Annual statistical returns and brief notes on vaccination in Bengal - 1887-1898
Year: 1887
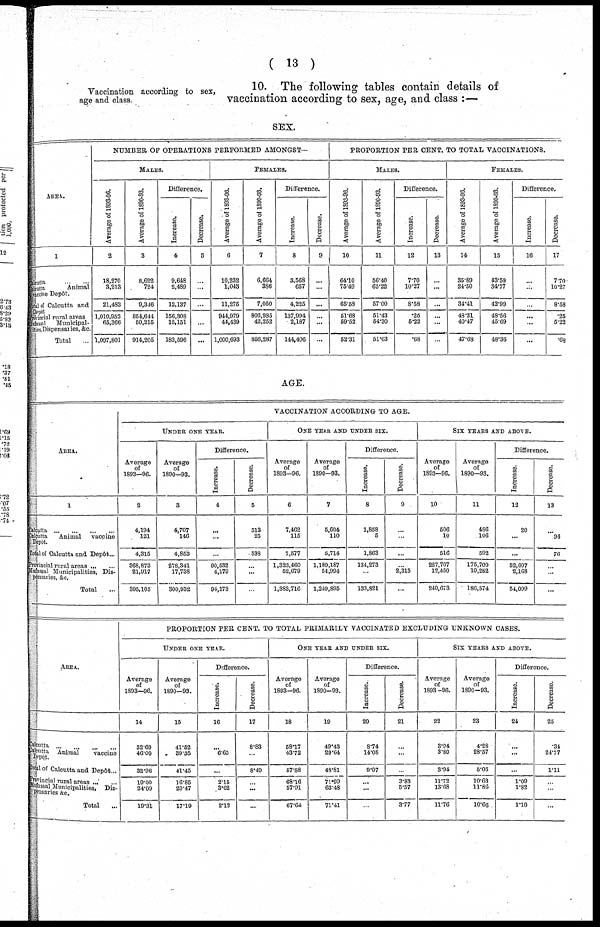
( 13 )
Vaccination according to sex,
age and class.
10. The following tables contain details of
vaccination according to sex, age, and class :—
SEX.
AREA.
1
Calcutta ... ...
Calcutta
Animal
vaccine Depôt.
Total of Calcutta and
Depôt
Provncial rural areas
Mufassal Municipal¬
ities, Dispensaries, &c.
Total ...
NUMBER OF OPERATIONS PERFORMED AMONGST—
MALES.
Average of 1893-96.
2
18,270
3,213
21,483
1,010,952
65,366
1,097,801
Average of 1890-93.
3
8,622
724
9,346
854,644
50,215
914,205
Difference.
Increase.
4
9,648
2,489
12,137
156,308
15,151
183,596
Decrease.
5
...
...
...
...
...
...
FEMALES.
Average of 1893-96.
6
10,232
1,043
11,275
944,979
44,439
1,000,693
Average of 1890-93.
7
6,664
386
7,050
806,985
42,252
856,287
Difference.
Increase.
8
3,568
657
4,225
137,994
2,187
144,406
Decrease.
9
...
...
...
...
...
...
PROPORTION PER CENT. TO TOTAL VACCINATIONS.
MALES.
Average of 1893-96.
10
64.10
75.49
65.58
51.68
59.52
52.31
Average of 1890-93.
11
56.40
65.22
57.00
51.43
54.30
51.63
Difference.
Increase.
12
7.70
10.27
8.58
.26
5.22
.68
Decrease.
13
...
...
...
...
...
...
FEMALES.
Average of 1893-96.
14
35.89
24.50
34.41
48.31
40.47
47.68
Average of 1890-93.
15
43.59
34.77
42.99
48.56
45.69
48.36
Difference.
Increase.
16
...
...
...
...
...
...
Decrcase.
17
7.70
10.27
8.58
.25
5.22
.68
AGE.
AREA.
1
Calcutta ... ... ... ...
Calcutta
Animal
vaccine
Depôt.
Total of Calcutta and Depôt...
Provincial rural areas ... ...
Mufassal Municipalities, Dis-
pensaries, &c.
Total ...
VACCINATION ACCORDING TO AGE.
UNDER ONE YEAR.
Average
of
1893—96.
2
4,194
121
4,315
368,873
21,917
395,105
Average
of
1890—93.
3
4,707
146
4,853
278,341
17,738
300,932
Difference.
Increase.
4
...
...
...
90,532
4,179
94,173
Decrease.
5
513
25
538
...
...
...
ONE YEAR AND UNDER SIX.
Average
of
1893—96.
6
7,462
115
7,577
1,323,460
52,679
1,383,716
Average
of
1890—93.
7
5,604
110
5,714
1,189,187
54,994
1,249,895
Difference.
Increase.
8
1,858
5
1,863
134,273
...
133,821
Decrease.
9
...
...
...
...
2,315
...
SIX YEARS AND ABOVE.
Average
of
1893—96.
10
506
10
516
227,707
12,450
240,673
Average
of
1890—93.
11
486
106
592
175,700
10,282
186,574
Difference.
Increase.
12
20
...
...
52,007
2,168
54,099
Decrease.
13
...
96
76
...
...
...
AREA.
Culcutta ...
...
...
Calcutta Animal
vaccine
Depôt.
Total of Calcutta and Depôt...
Provincial rural areas ... ...
Mufassal Municipalities, Dis-
pensaries &c.
Total ...
PROPORTION PER CENT. TO TOTAL PRIMARILY VACCINATED EXCLUDING UNKNOWN CASES.
UNDER ONE YEAR.
Average
of
1893—96.
14
32.69
46.00
32.96
19.00
24.09
19.31
Average
of
1890—93.
15
41.52
39.35
41.45
16.85
20.47
17.19
Difference.
Increase.
16
...
6.65
...
2.15
3.62
2.12
Decrease.
17
8.83
...
8.49
...
...
...
ONE YEAR AND UNDER SIX.
Average
of
1893-96.
18
58.17
43.72
57.88
68.16
57.91
67.64
Average
of
1890-93.
19
49.43
29.64
48.81
71.99
63.48
71.41
Difference.
Increase.
20
8.74
14.08
9.07
...
...
...
Decrease.
21
...
...
...
3.83
5.57
3.77
SIX YEARS AND ABOVE.
Average
of
1893-96.
22
3.94
3.80
3.94
11.72
13.68
11.76
Average
of
1890-93.
23
4.28
28.57
5.05
10.63
11.86
10.66
Difference.
Increase.
24
...
...
...
1.09
1.82
1.10
Decrease.
25
.34
24.77
1.11
...
...
...